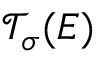
\mathcal { T } _ { \sigma } ( E )